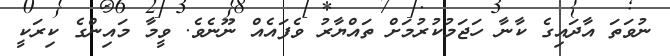
ނުވަތަ އާދައިގެ ކާނާ ހަޖަމުކުރުމަށް ތައްޔާރު ވެފައެއް ނޫނެވެ. ވީމާ މައިންގެ ކިރަކީ